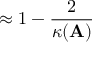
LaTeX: \approx 1 - { \frac { 2 } { \kappa ( \mathbf { A } ) } }